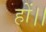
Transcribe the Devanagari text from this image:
हों।।